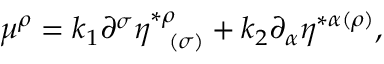
\mu ^ { \rho } = k _ { 1 } \partial ^ { \sigma } \eta _ { \; \; \; ( \sigma ) } ^ { * \rho } + k _ { 2 } \partial _ { \alpha } \eta ^ { * \alpha ( \rho ) } ,